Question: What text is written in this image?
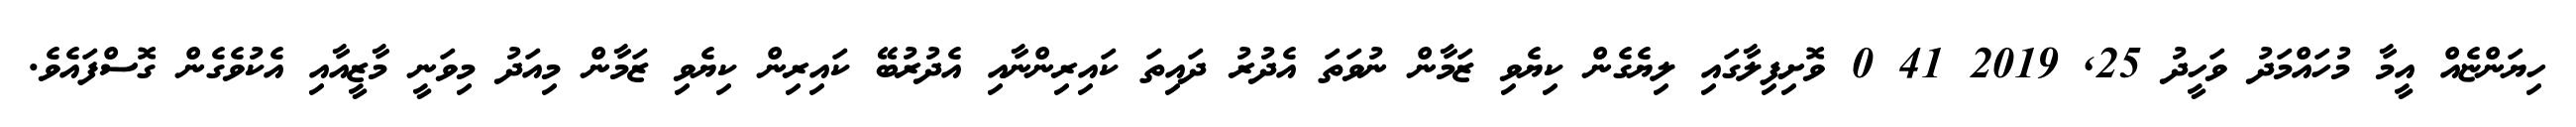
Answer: ހިޔަންޏެއް އީމާ މުހައްމަދު ވަހީދު 25, 2019 41 0 ވޮށިފިލާގައި ލިޔެގެން ކިޔެވި ޒަމާން ނުވަތަ އެދުރު ދައިތަ ކައިރިންނާއި އެދުރުބޭ ކައިރިން ކިޔެވި ޒަމާން މިއަދު މިވަނީ މާޒީއާއި އެކުވެގެން ގޮސްފައެވެ.